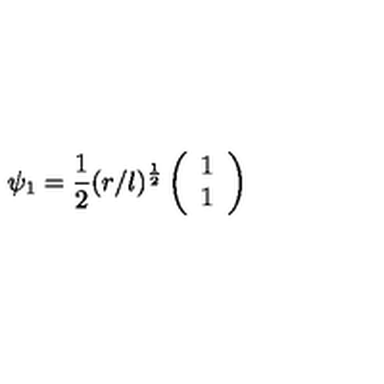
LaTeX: \psi _ { 1 } = \frac { 1 } { 2 } ( r / l ) ^ { \frac { 1 } { 2 } } \left( \begin{array} { c } { 1 } \\ { 1 } \\ \end{array} \right)